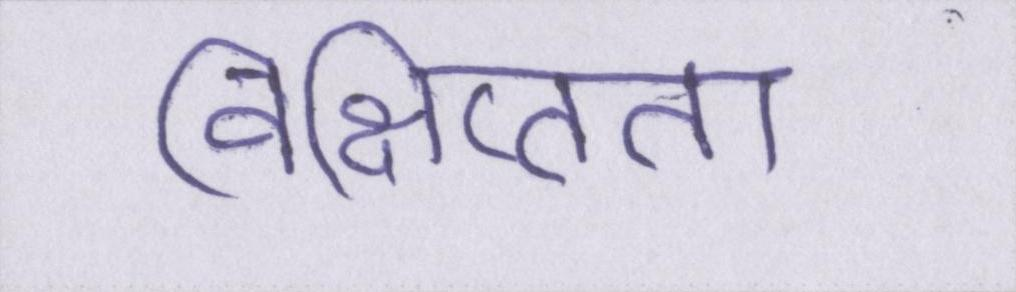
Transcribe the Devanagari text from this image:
विक्षिप्तता